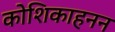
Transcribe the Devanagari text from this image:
कोशिकाहनन